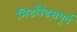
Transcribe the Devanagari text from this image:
मिडलैंड्सपूर्व